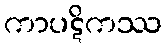
ကာပဋိကဿ